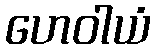
ဟေဝါယံ